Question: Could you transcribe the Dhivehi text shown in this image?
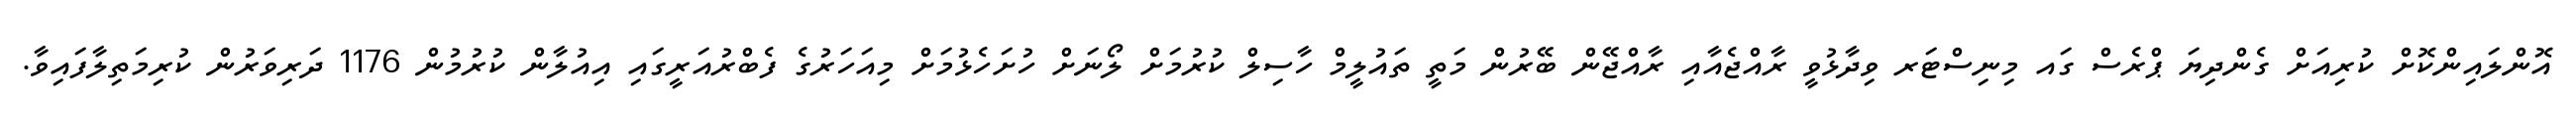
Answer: އޮންލައިންކޮށް ކުރިއަށް ގެންދިޔަ ޕްރެސް ގައ މިނިސްޓަރ ވިދާޅުވީ ރާއްޖެއާއި ރާއްޖޭން ބޭރުން މަތީ ތައުލީމް ހާސިލް ކުރުމަށް ލޯނަށް ހުށަހެޅުމަށް މިއަހަރުގެ ފެބްރުއަރީގައި އިއުލާން ކުރުމުން 1176 ދަރިވަރުން ކުރިމަތިލާފައިވާ.